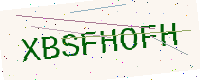
Text: XBSFHOFH